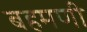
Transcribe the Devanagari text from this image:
बहमणी